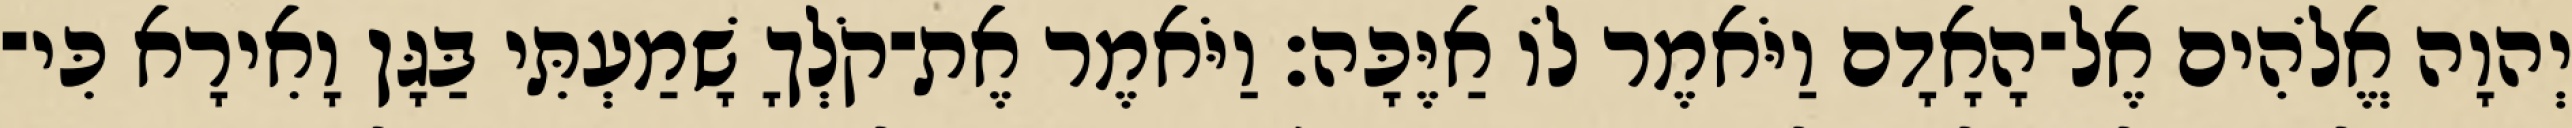
יְהוָה אֱלֹהִים אֶל־הָאָדָם וַיֹּאמֶר לֹו אַיֶּכָּה׃ וַיֹּאמֶר אֶת־קֹלְךָ שָׁמַעְתִּי בַּגָּן וָאִירָא כִּי־